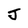
Character: J